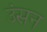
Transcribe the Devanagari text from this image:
उंसन